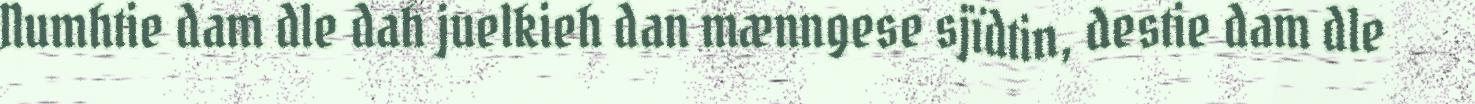
Numhtie dam dle dah juelkieh dan mænngese sjïdtin, destie dam dle